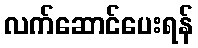
လက်ဆောင်ပေးရန်